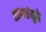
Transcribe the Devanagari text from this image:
तरुणांमुळे